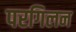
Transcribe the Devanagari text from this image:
परगिलन